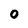
Character: 0